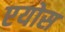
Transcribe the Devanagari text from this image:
एयोस